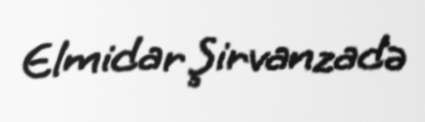
Elmidar Şirvanzadə